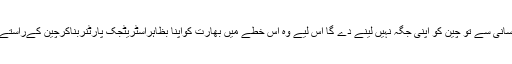
بلاشبہ امریکہ اتنی آسانی سے تو چین کو اپنی جگہ نہیں لینے دے گا اس لیے وہ اس خطے میں بھارت کواپنا بظاہراسٹریٹجک پارٹنربناکرچین کےراستے کا پتھر بنا رہا ہے۔